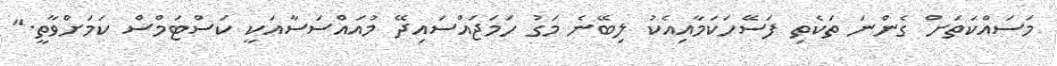
މަސައްކަތަށް ގެންނަ ތަކެތި ފަސޭހަކަމާއިއެކު ލިބޭނެ މަގު ހަމަޖައްސައިދޭ މުއައްސަސާއަކީ ކަސްޓަމްސް ކަމަށްވާތީ."